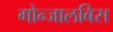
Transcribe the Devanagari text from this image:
गोन्जालबिस